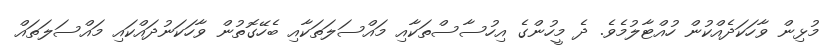
މުޅިން ވާހަކަދެއްކުން ހުއްޓާލުމެވެ. ދެ މީހުންގެ އިހުސާސްތަކާއި މައްސަލަތަކާއި ބެހޭގޮތުން ވާހަކަނުދައްކައި މައްސަލަތައް